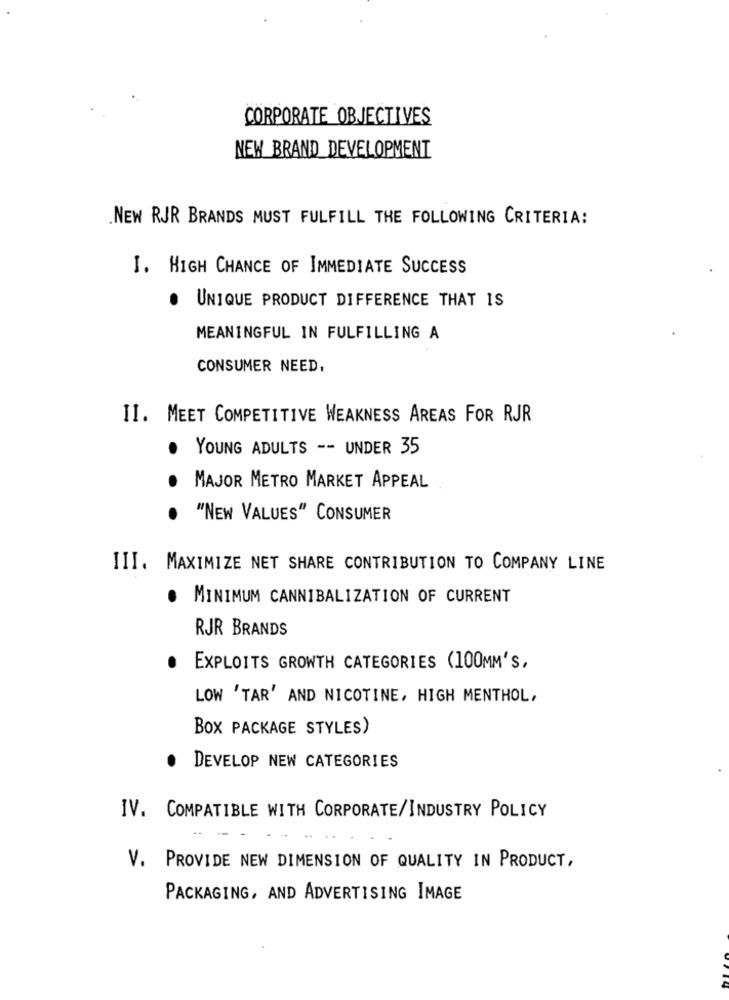
CORPORATE OBJECTIVES
NEW BRAND DEVELOPMENT
.NEW RJR BRANDS MUST FULFILL THE FOLLOWING CRITERIA:
I. HIGH CHANCE OF IMMEDIATE SUCCESS
.
UNIQUE PRODUCT DIFFERENCE THAT IS
MEANINGFUL IN FULFILLING A
CONSUMER NEED,
II. MEET COMPETITIVE WEAKNESS AREAS FOR RJR
YOUNG ADULTS -- UNDER 35
..
MAJOR METRO MARKET APPEAL
.
"NEW VALUES" CONSUMER
III. MAXIMIZE NET SHARE CONTRIBUTION TO COMPANY LINE
.
MINIMUM CANNIBALIZATION OF CURRENT
RJR BRANDS
. EXPLOITS GROWTH CATEGORIES (100MM'S,
LOW 'TAR' AND NICOTINE, HIGH MENTHOL,
BOX PACKAGE STYLES)
DEVELOP NEW CATEGORIES
IV. COMPATIBLE WITH CORPORATE/INDUSTRY POLICY
V. PROVIDE NEW DIMENSION OF QUALITY IN PRODUCT,
PACKAGING, AND ADVERTISING IMAGE